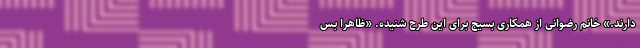
دارند.» خانم رضوانی از همکاری بسیج برای این طرح شنیده. «ظاهراً بس